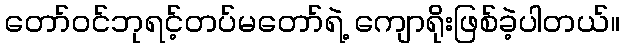
တော်ဝင်ဘုရင့်တပ်မတော်ရဲ့ ကျောရိုးဖြစ်ခဲ့ပါတယ်။